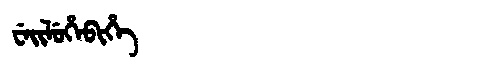
Manchu: ᠸᡝᡳᠯᡠᡥᡝᠪᡳᡥᡝ
Romanization: WEILUHEBIHE